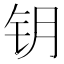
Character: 钥